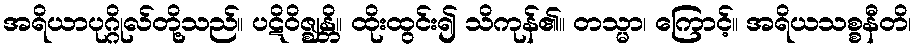
အရိယာပုဂ္ဂိုလ်တို့သည်။ ပဋိဝိဇ္ဈန္တိ။ ထိုးထွင်း၍ သိကုန်၏။ တသ္မာ၊ ကြောင့်။ အရိယသစ္စနီတိ၊